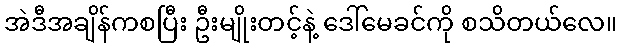
အဲဒီအချိန်ကစပြီး ဦးမျိုးတင့်နဲ့ ဒေါ်မေခင်ကို စသိတယ်လေ။